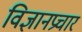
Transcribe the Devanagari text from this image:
विज्ञानप्रचार